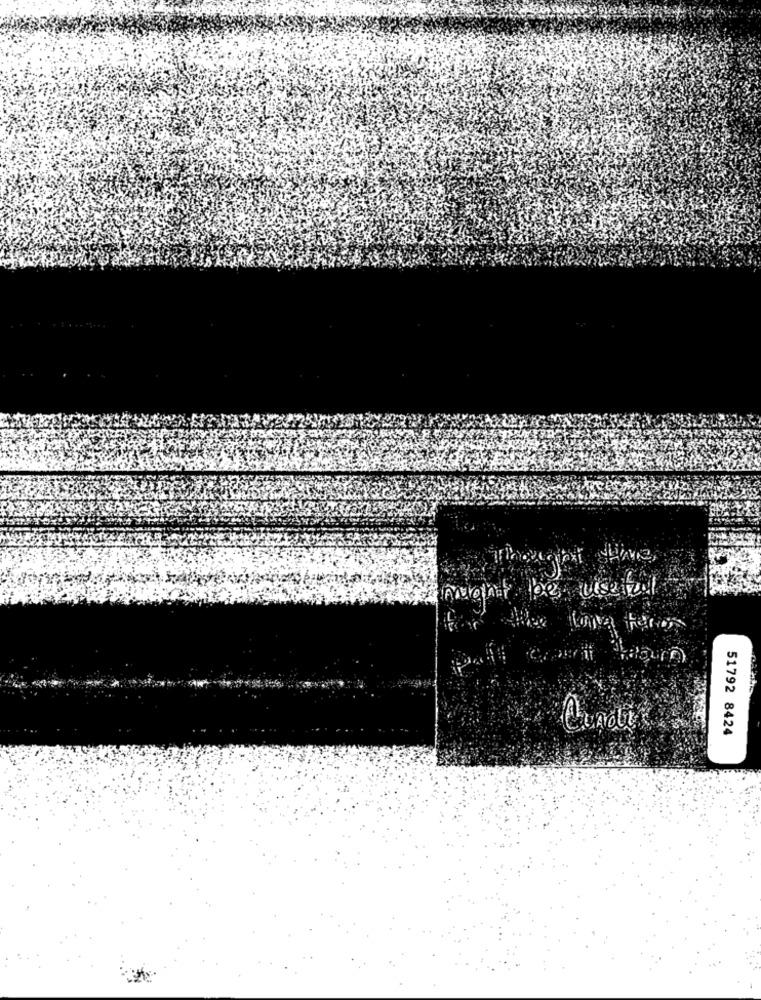
text shive,
Condit
51792 8424